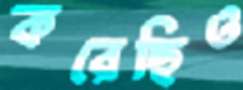
করেছিও